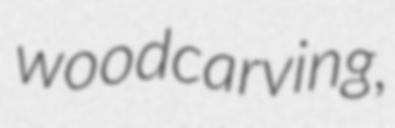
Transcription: woodcarving,